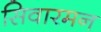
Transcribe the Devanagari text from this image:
सिवारमन